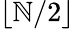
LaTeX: \lfloor\mathbb{N}/2\rfloor